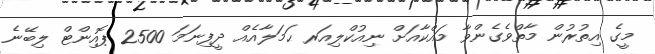
މީގެ އިތުރުން މާތްވެގެންވާ މައްކާއަށް ނިއުކްލިއަރ ޙަމަލާއެއް ދީފިނަމަ 2500 ޕޮއިންޓް ލިބޭނެ